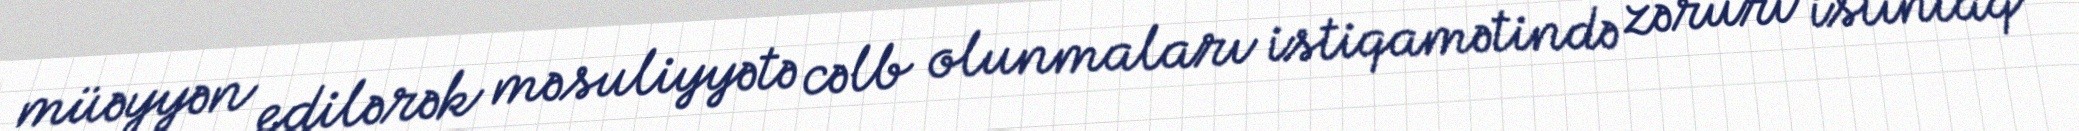
müəyyən edilərək məsuliyyətə cəlb olunmaları istiqamətində zəruri istintaq